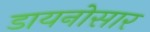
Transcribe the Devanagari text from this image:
डायनोसार